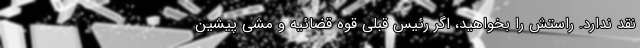
نقد ندارد. راستش را بخواهید، اگر رئیس قبلی قوه قضائیه و مشی پیشین